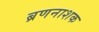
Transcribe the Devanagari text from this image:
ब्रणनाशक